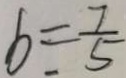
b = \frac { 7 } { 5 }